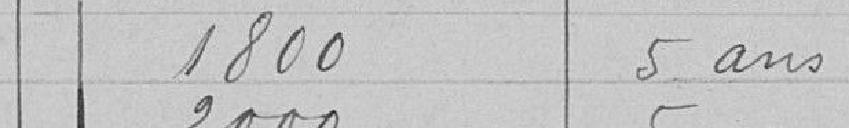
1800 5 ans